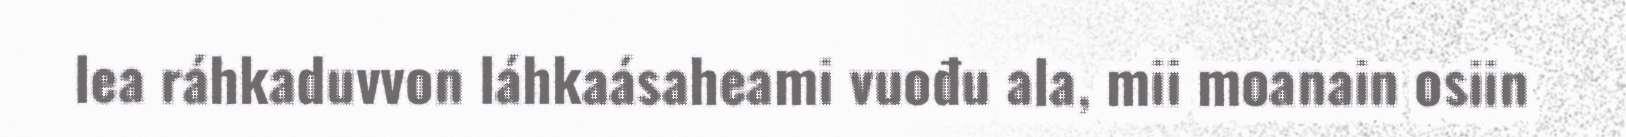
lea ráhkaduvvon láhkaásaheami vuođu ala, mii moanain osiin